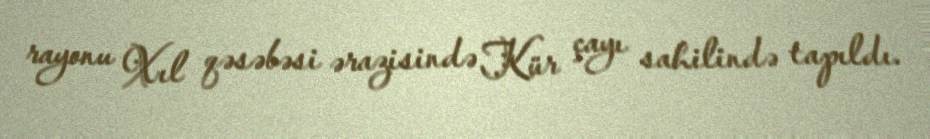
rayonu Xıl qəsəbəsi ərazisində Kür çayı sahilində tapıldı.